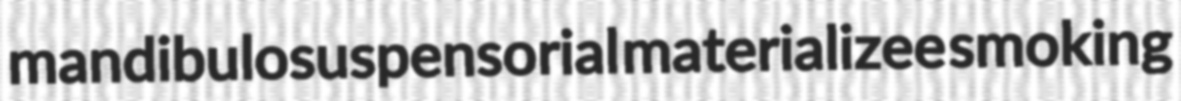
mandibulosuspensorial materializee smoking